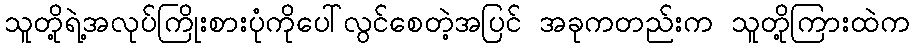
သူတို့ရဲ့အလုပ်ကြိုးစားပုံကိုပေါ်လွင်စေတဲ့အပြင် အခုကတည်းက သူတို့ကြားထဲက